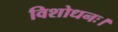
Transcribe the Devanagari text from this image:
विशोधनः।